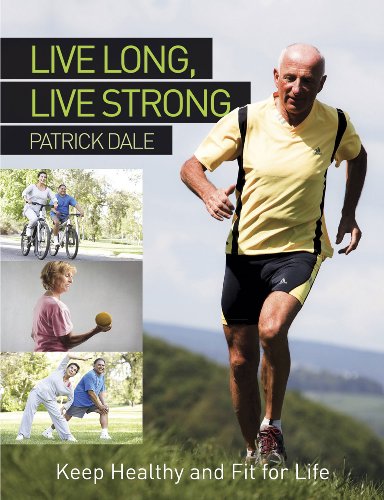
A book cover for Live Long, Live Strong: Keep Healthy and Fit For Life; Patrick Dale; Health, Fitness & Dieting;